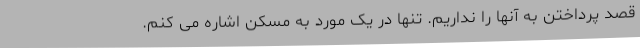
قصد پرداختن به آنها را نداریم. تنها در یک مورد به مسکن اشاره می کنم.